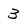
Character: 3